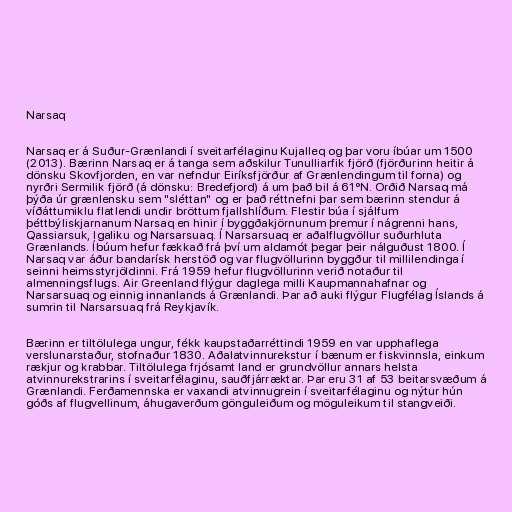
Narsaq

Narsaq er á Suður-Grænlandi í sveitarfélaginu Kujalleq og þar voru íbúar um 1500
(2013). Bærinn Narsaq er á tanga sem aðskilur Tunulliarfik fjörð (fjörðurinn heitir á
dönsku Skovfjorden, en var nefndur Eiríksfjörður af Grænlendingum til forna) og
nyrðri Sermilik fjörð (á dönsku: Bredefjord) á um það bil á 61°N. Orðið Narsaq má
þýða úr grænlensku sem "sléttan" og er það réttnefni þar sem bærinn stendur á
víðáttumiklu flatlendi undir bröttum fjallshlíðum. Flestir búa í sjálfum
þéttbýliskjarnanum Narsaq en hinir í byggðakjörnunum þremur í nágrenni hans,
Qassiarsuk, Igaliku og Narsarsuaq. Í Narsarsuaq er aðalflugvöllur suðurhluta
Grænlands. Íbúum hefur fækkað frá því um aldamót þegar þeir nálguðust 1800. Í
Narsaq var áður bandarísk herstöð og var flugvöllurinn byggður til millilendinga í
seinni heimsstyrjöldinni. Frá 1959 hefur flugvöllurinn verið notaður til
almenningsflugs. Air Greenland flýgur daglega milli Kaupmannahafnar og
Narsarsuaq og einnig innanlands á Grænlandi. Þar að auki flýgur Flugfélag Íslands á
sumrin til Narsarsuaq frá Reykjavík.

Bærinn er tiltölulega ungur, fékk kaupstaðarréttindi 1959 en var upphaflega
verslunarstaður, stofnaður 1830. Aðalatvinnurekstur í bænum er fiskvinnsla, einkum
rækjur og krabbar. Tiltölulega frjósamt land er grundvöllur annars helsta
atvinnurekstrarins í sveitarfélaginu, sauðfjárræktar. Þar eru 31 af 53 beitarsvæðum á
Grænlandi. Ferðamennska er vaxandi atvinnugrein í sveitarfélaginu og nýtur hún
góðs af flugvellinum, áhugaverðum gönguleiðum og möguleikum til stangveiði.